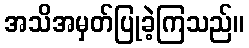
အသိအမှတ်ပြုခဲ့ကြသည်။